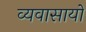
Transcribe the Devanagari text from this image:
व्यवासायों